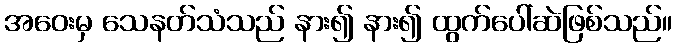
အဝေးမှ သေနတ်သံသည် နား၍ နား၍ ထွက်ပေါ်ဆဲဖြစ်သည်။